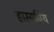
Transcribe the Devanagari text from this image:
हास्यप्रिय